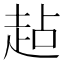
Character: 趈